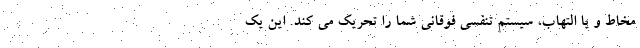
مخاط و یا التهاب، سیستم تنفسی فوقانی شما را تحریک می کند. این یک